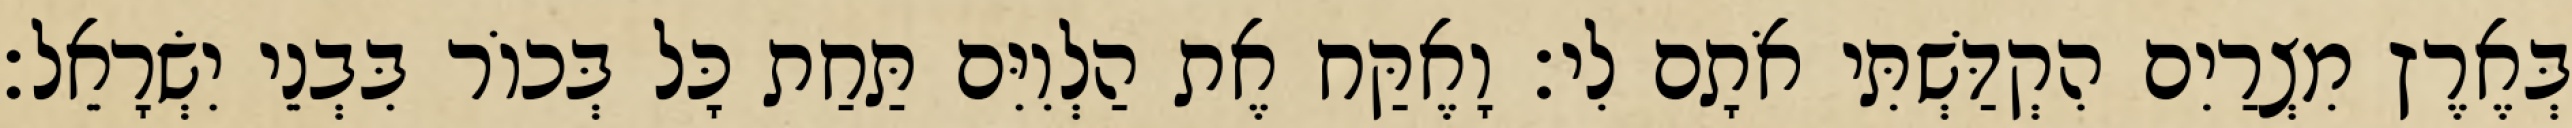
בְּאֶרֶץ מִצְרַיִם הִקְדַּשְׁתִּי אֹתָם לִי׃ וָאֶקַּח אֶת הַלְוִיִּם תַּחַת כָּל בְּכוֹר בִּבְנֵי יִשְׂרָאֵל׃